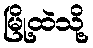
မြို့ထဲသို့